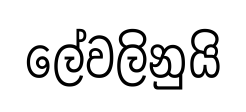
ලේවලිනුයි